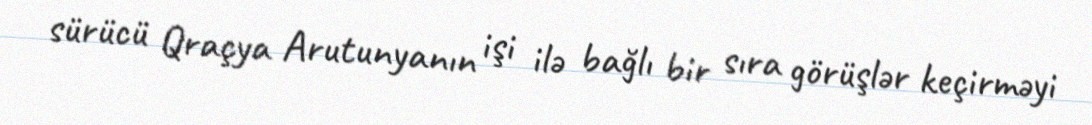
sürücü Qraçya Arutunyanın işi ilə bağlı bir sıra görüşlər keçirməyi